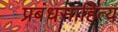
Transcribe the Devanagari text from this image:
प्रबंधसाहित्य